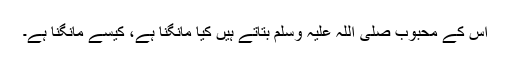
اس کے محبوب صلی اللہ علیہ وسلم بتاتے ہیں کیا مانگنا ہے، کیسے مانگنا ہے۔